Bréfritari: Loftur Jónasson
Dagsetning: A-1874-05-31
Skrifað á: Vesturheimi

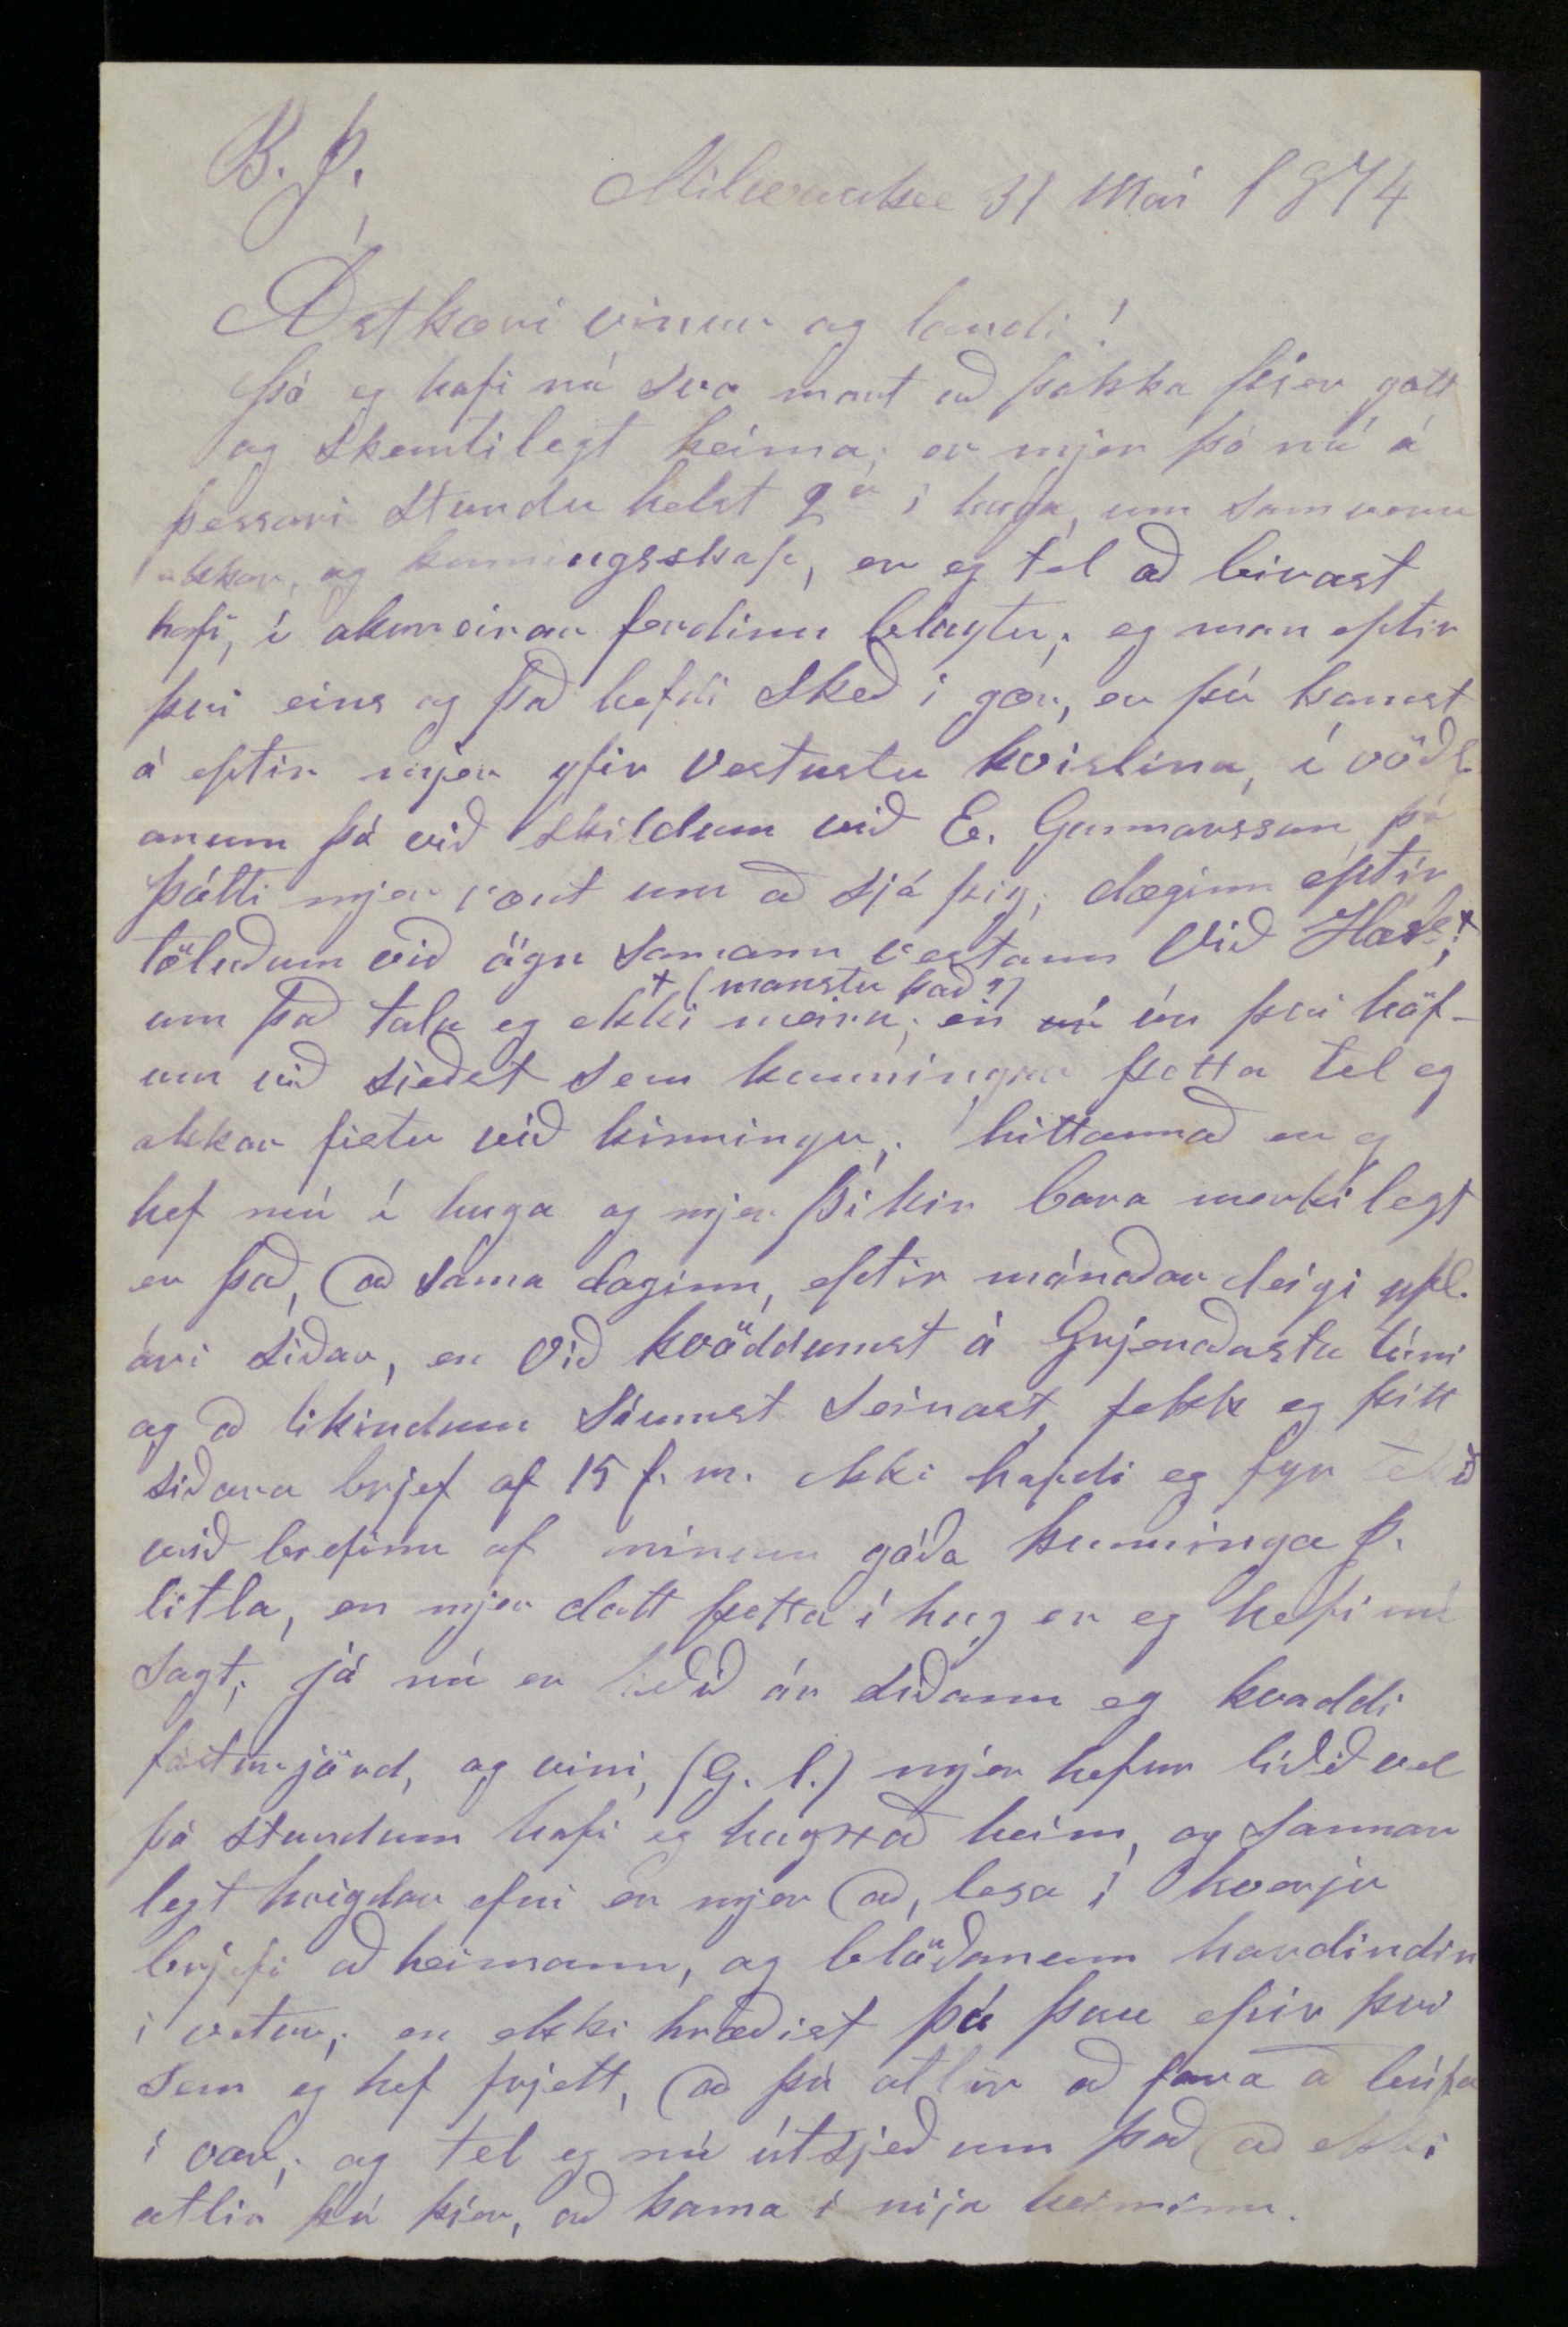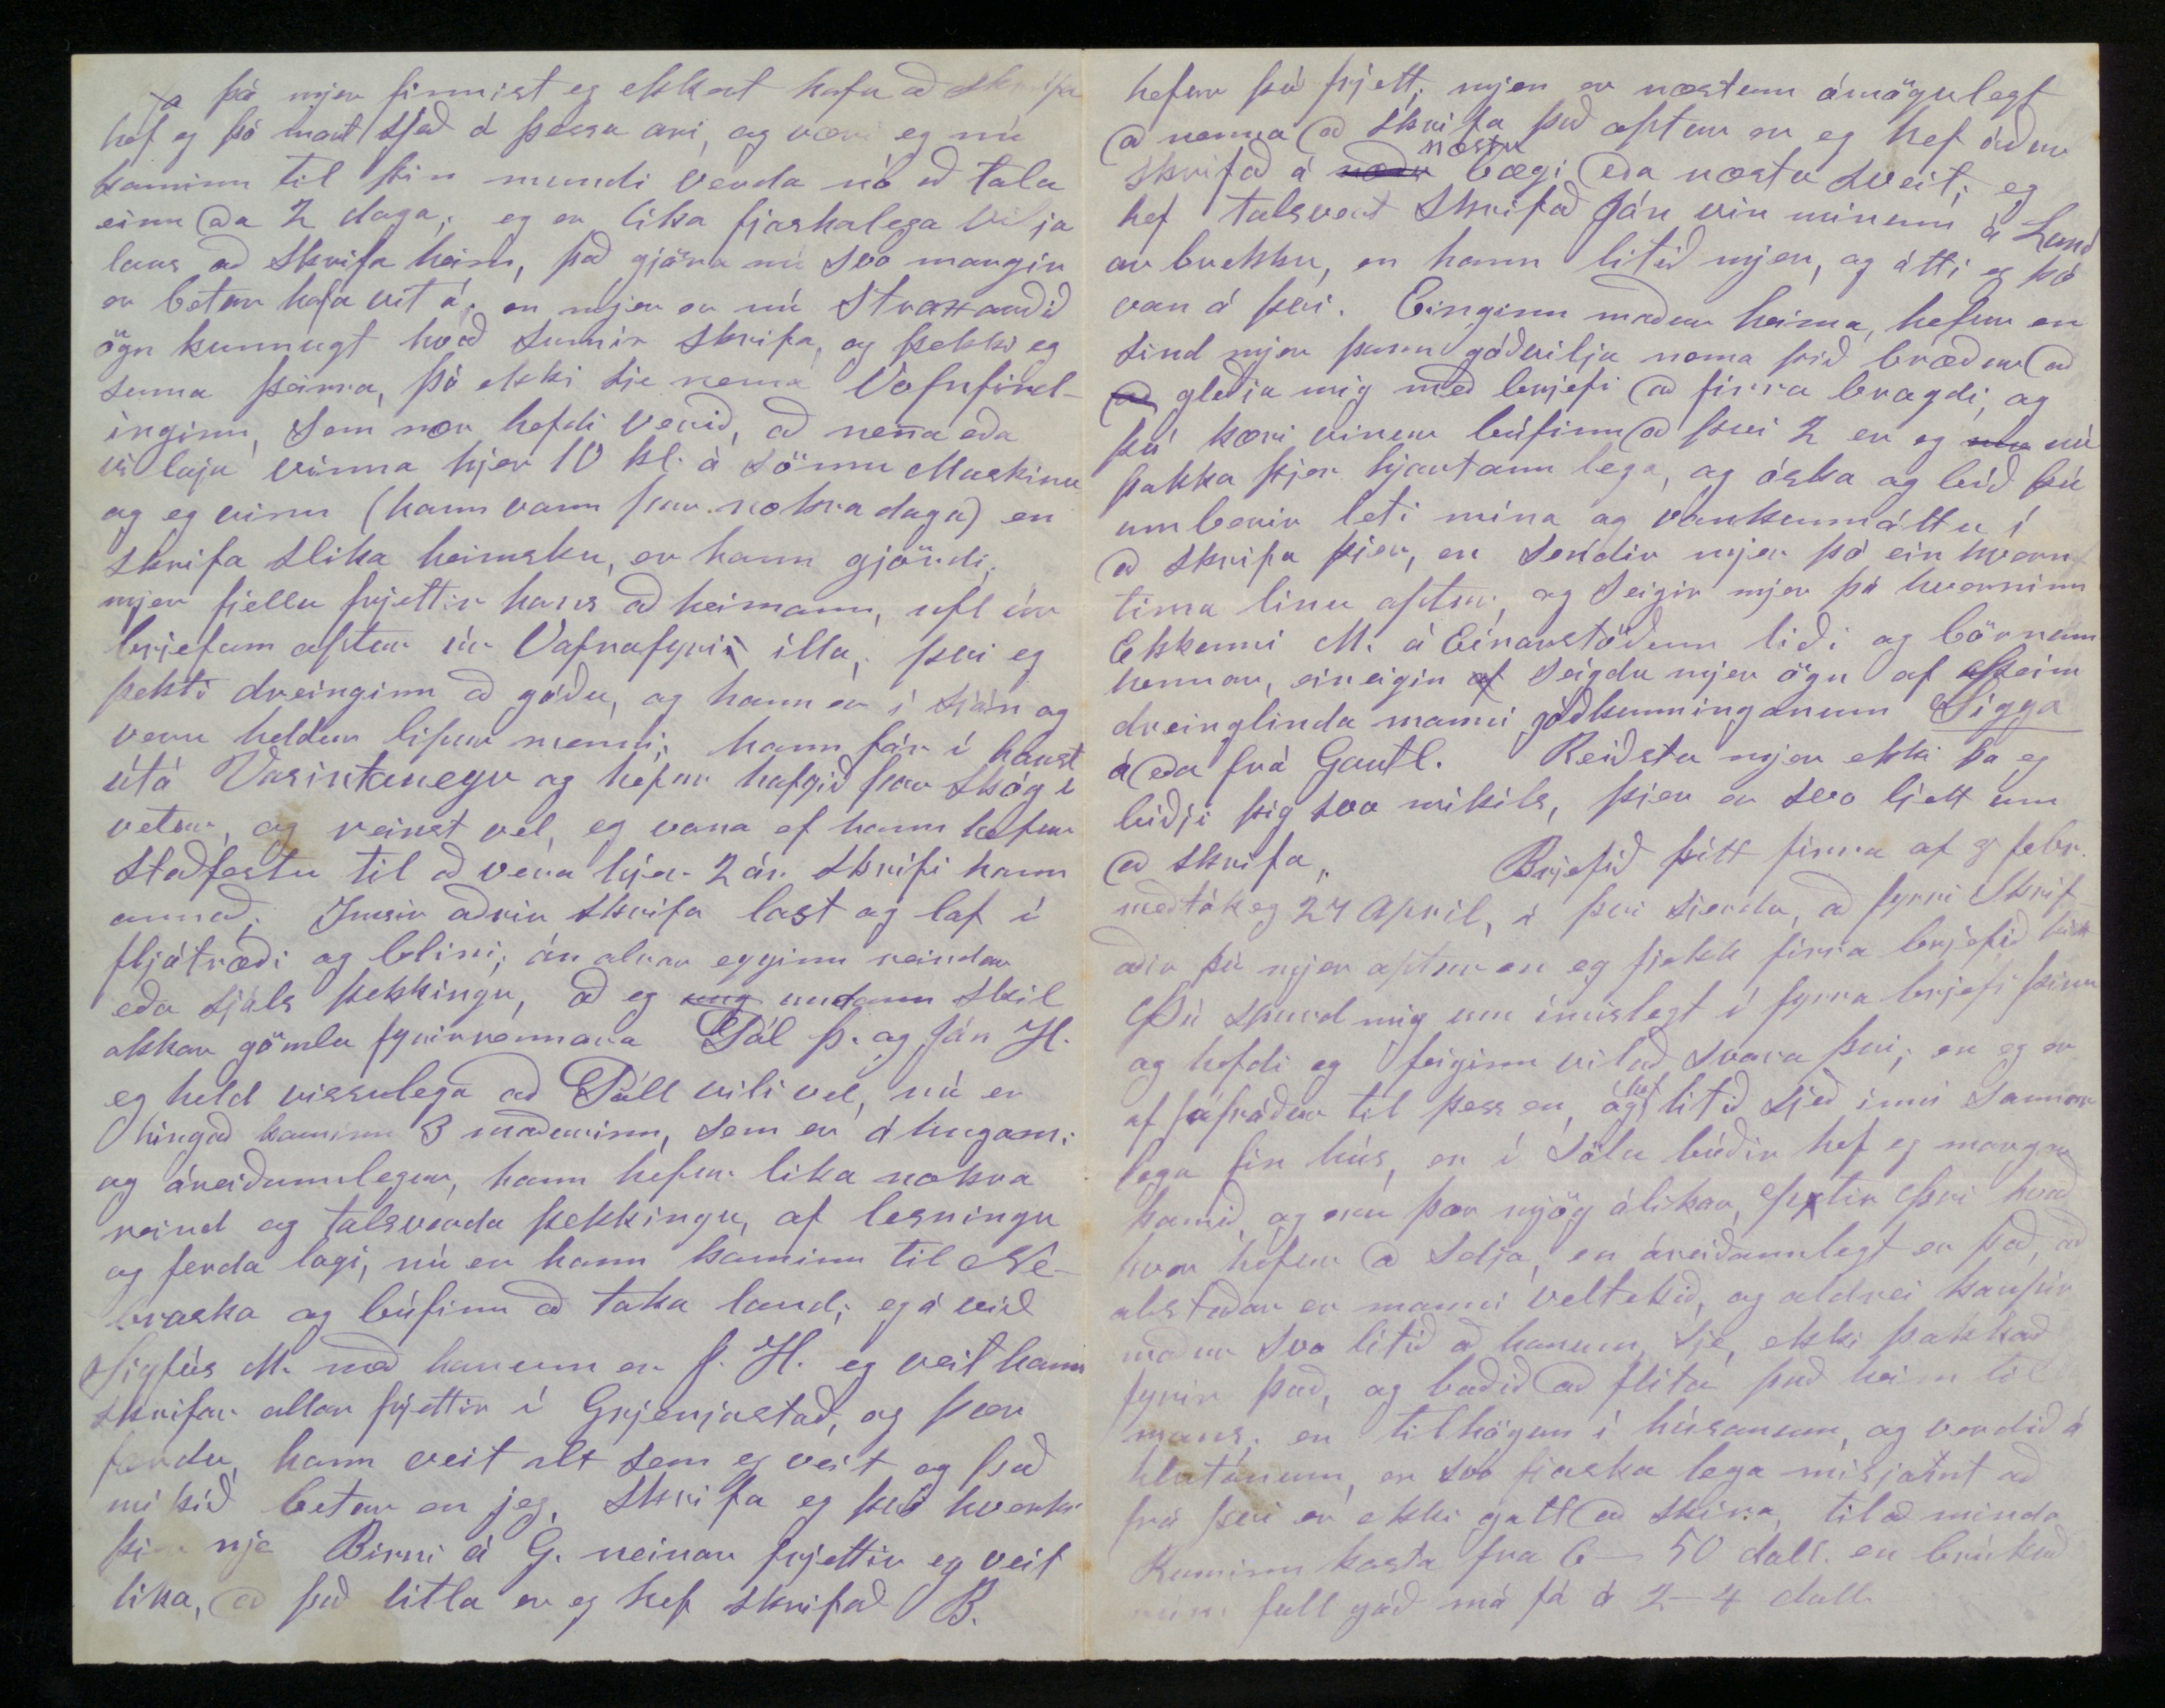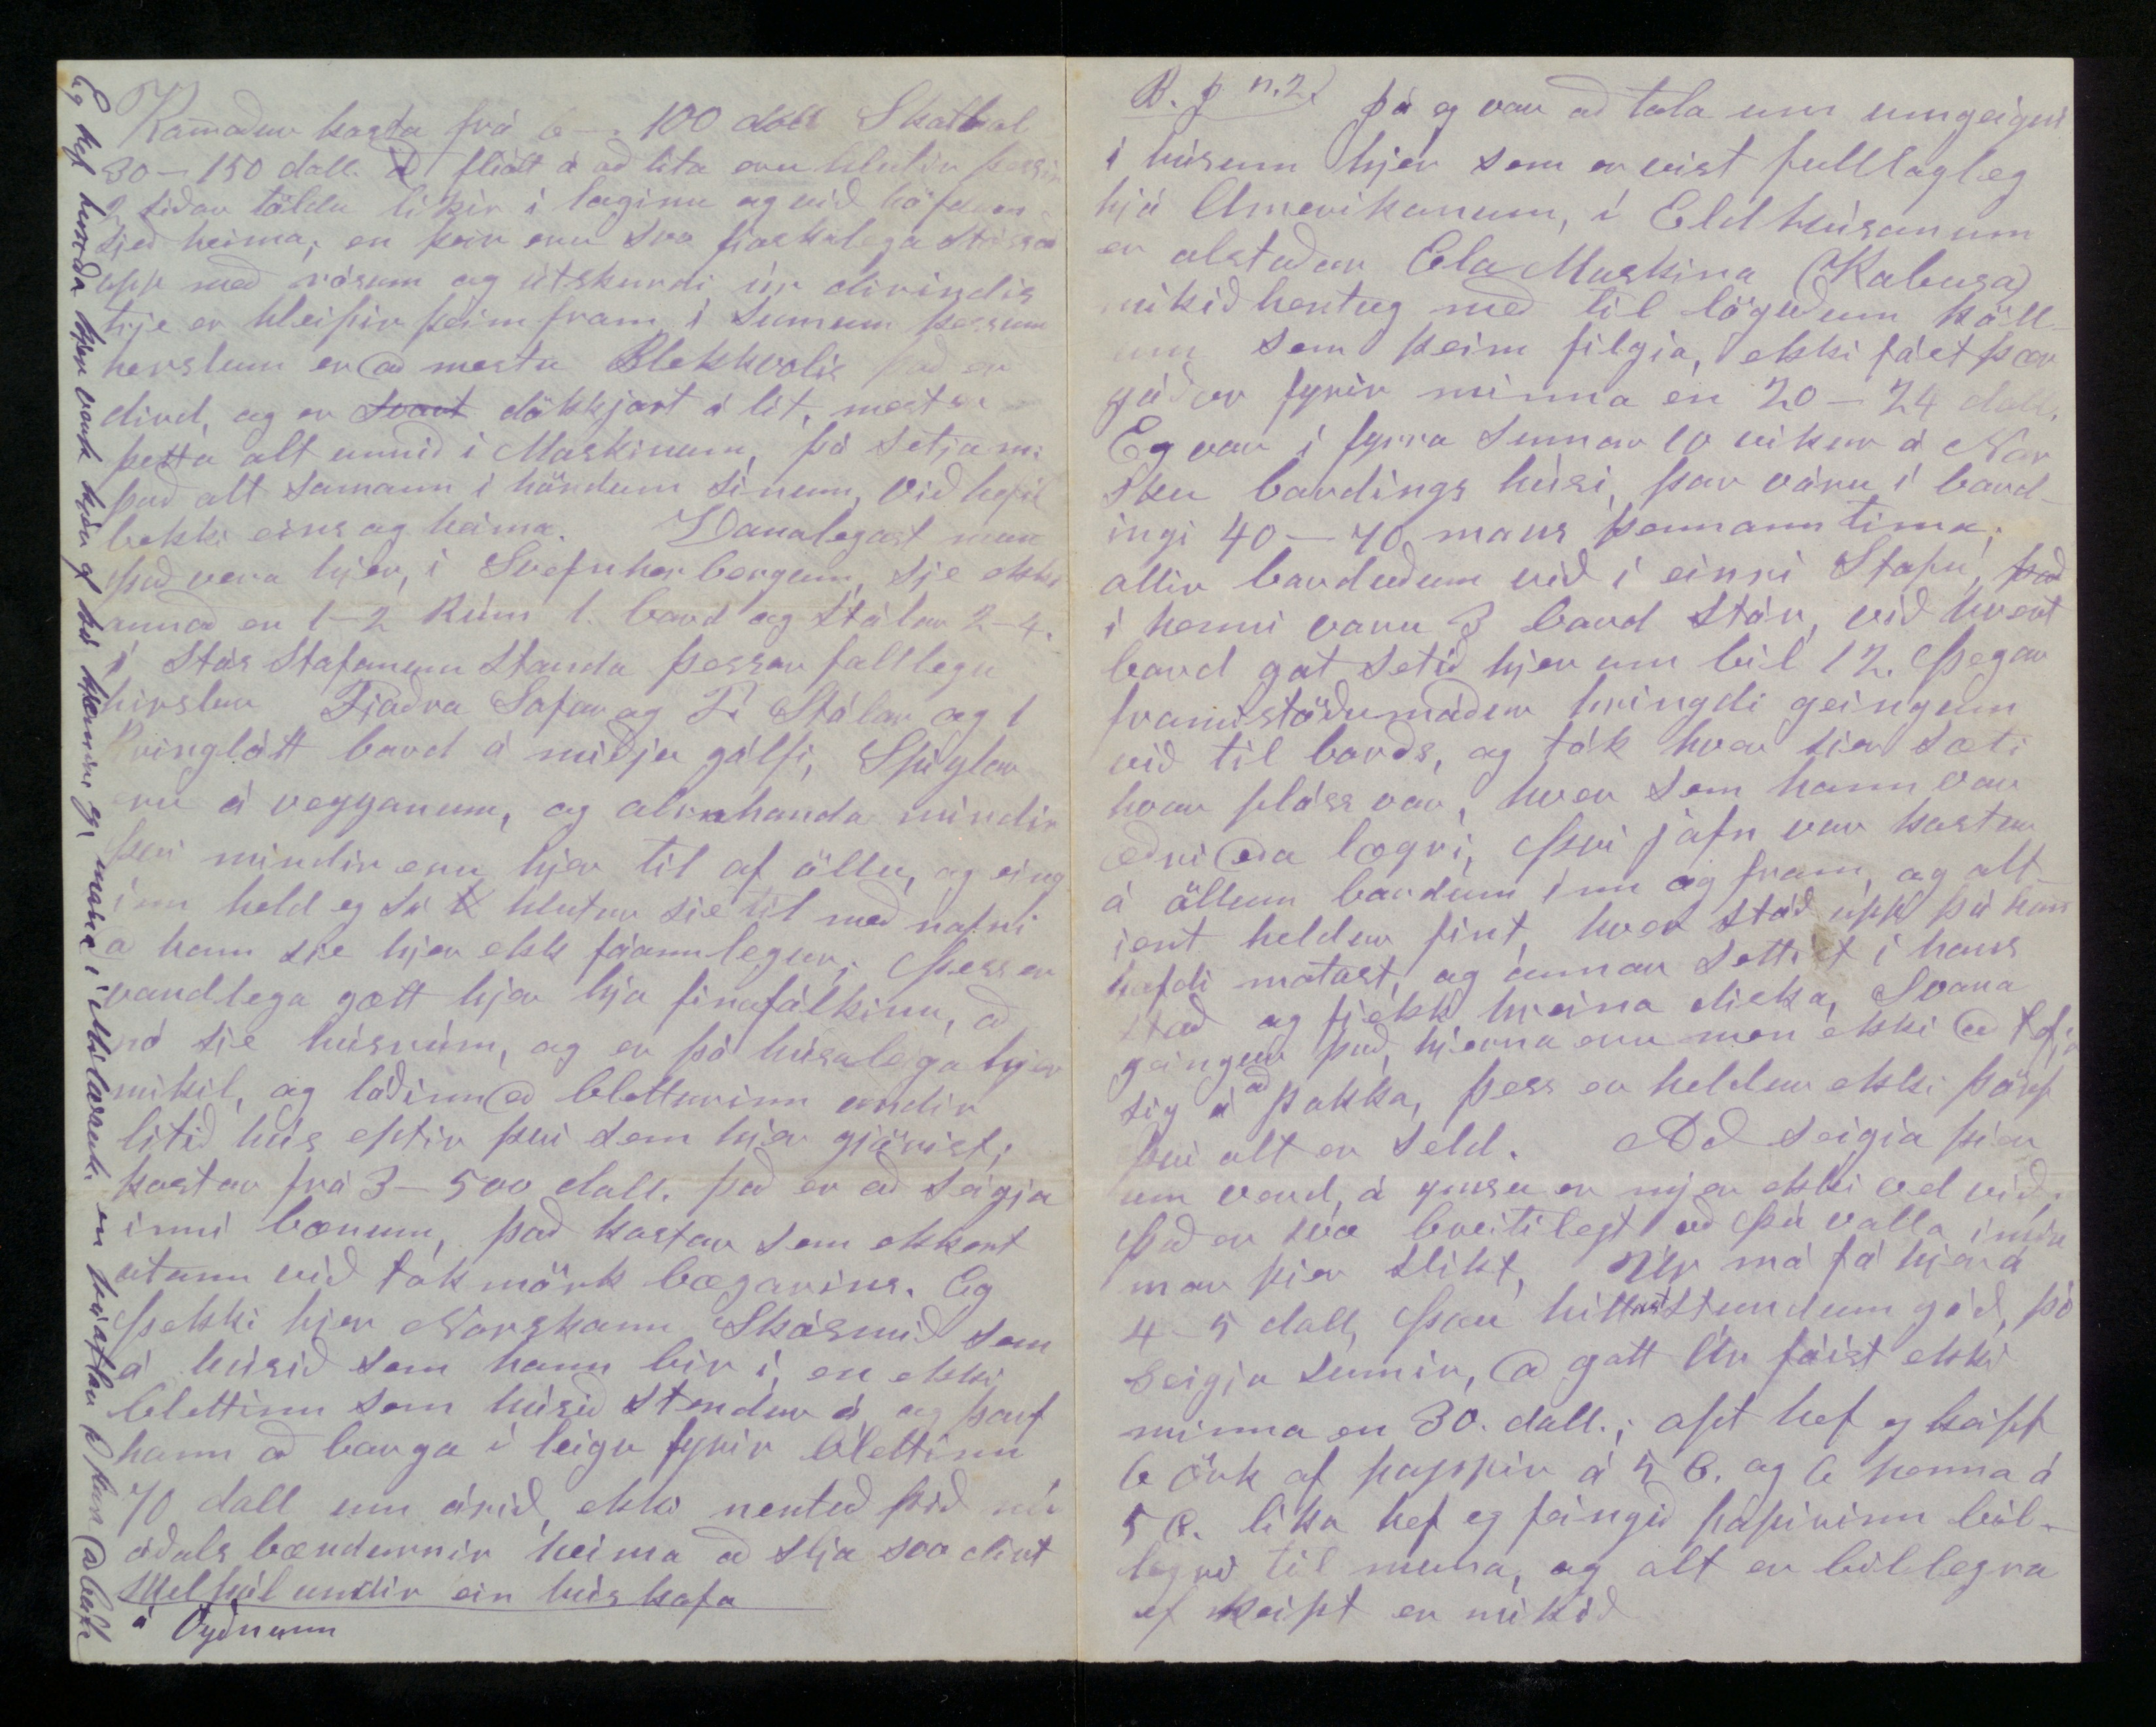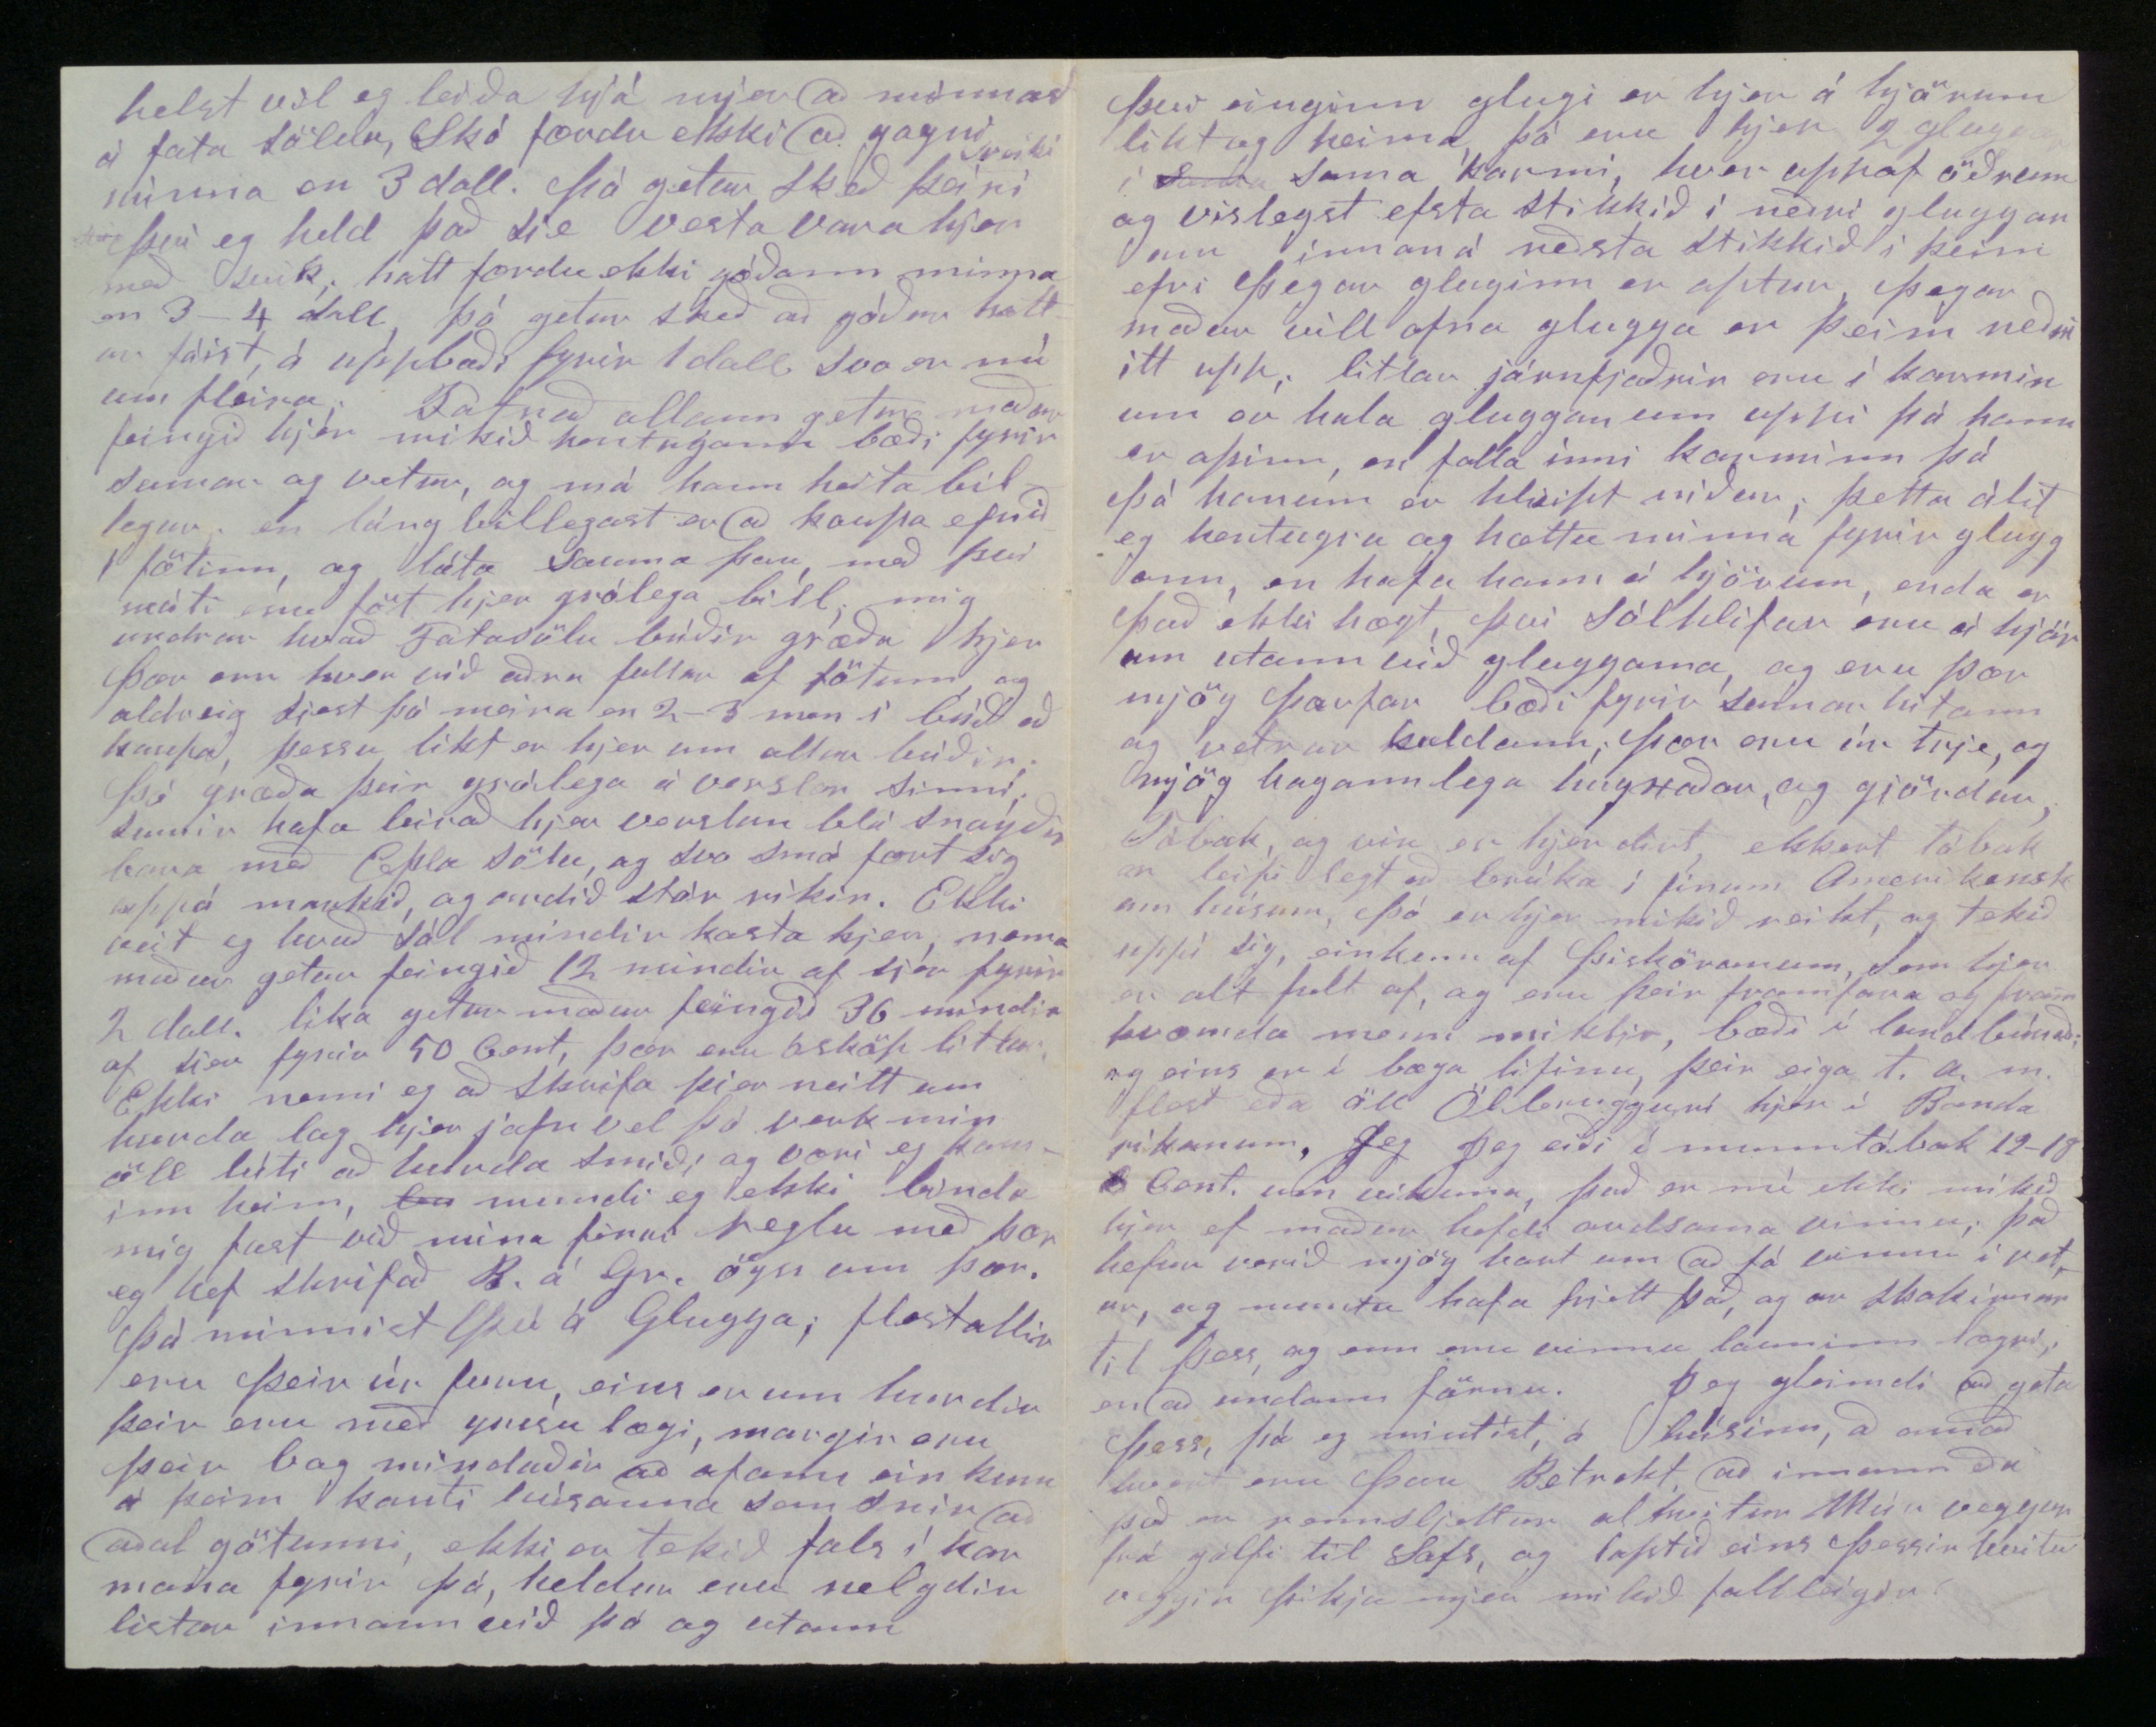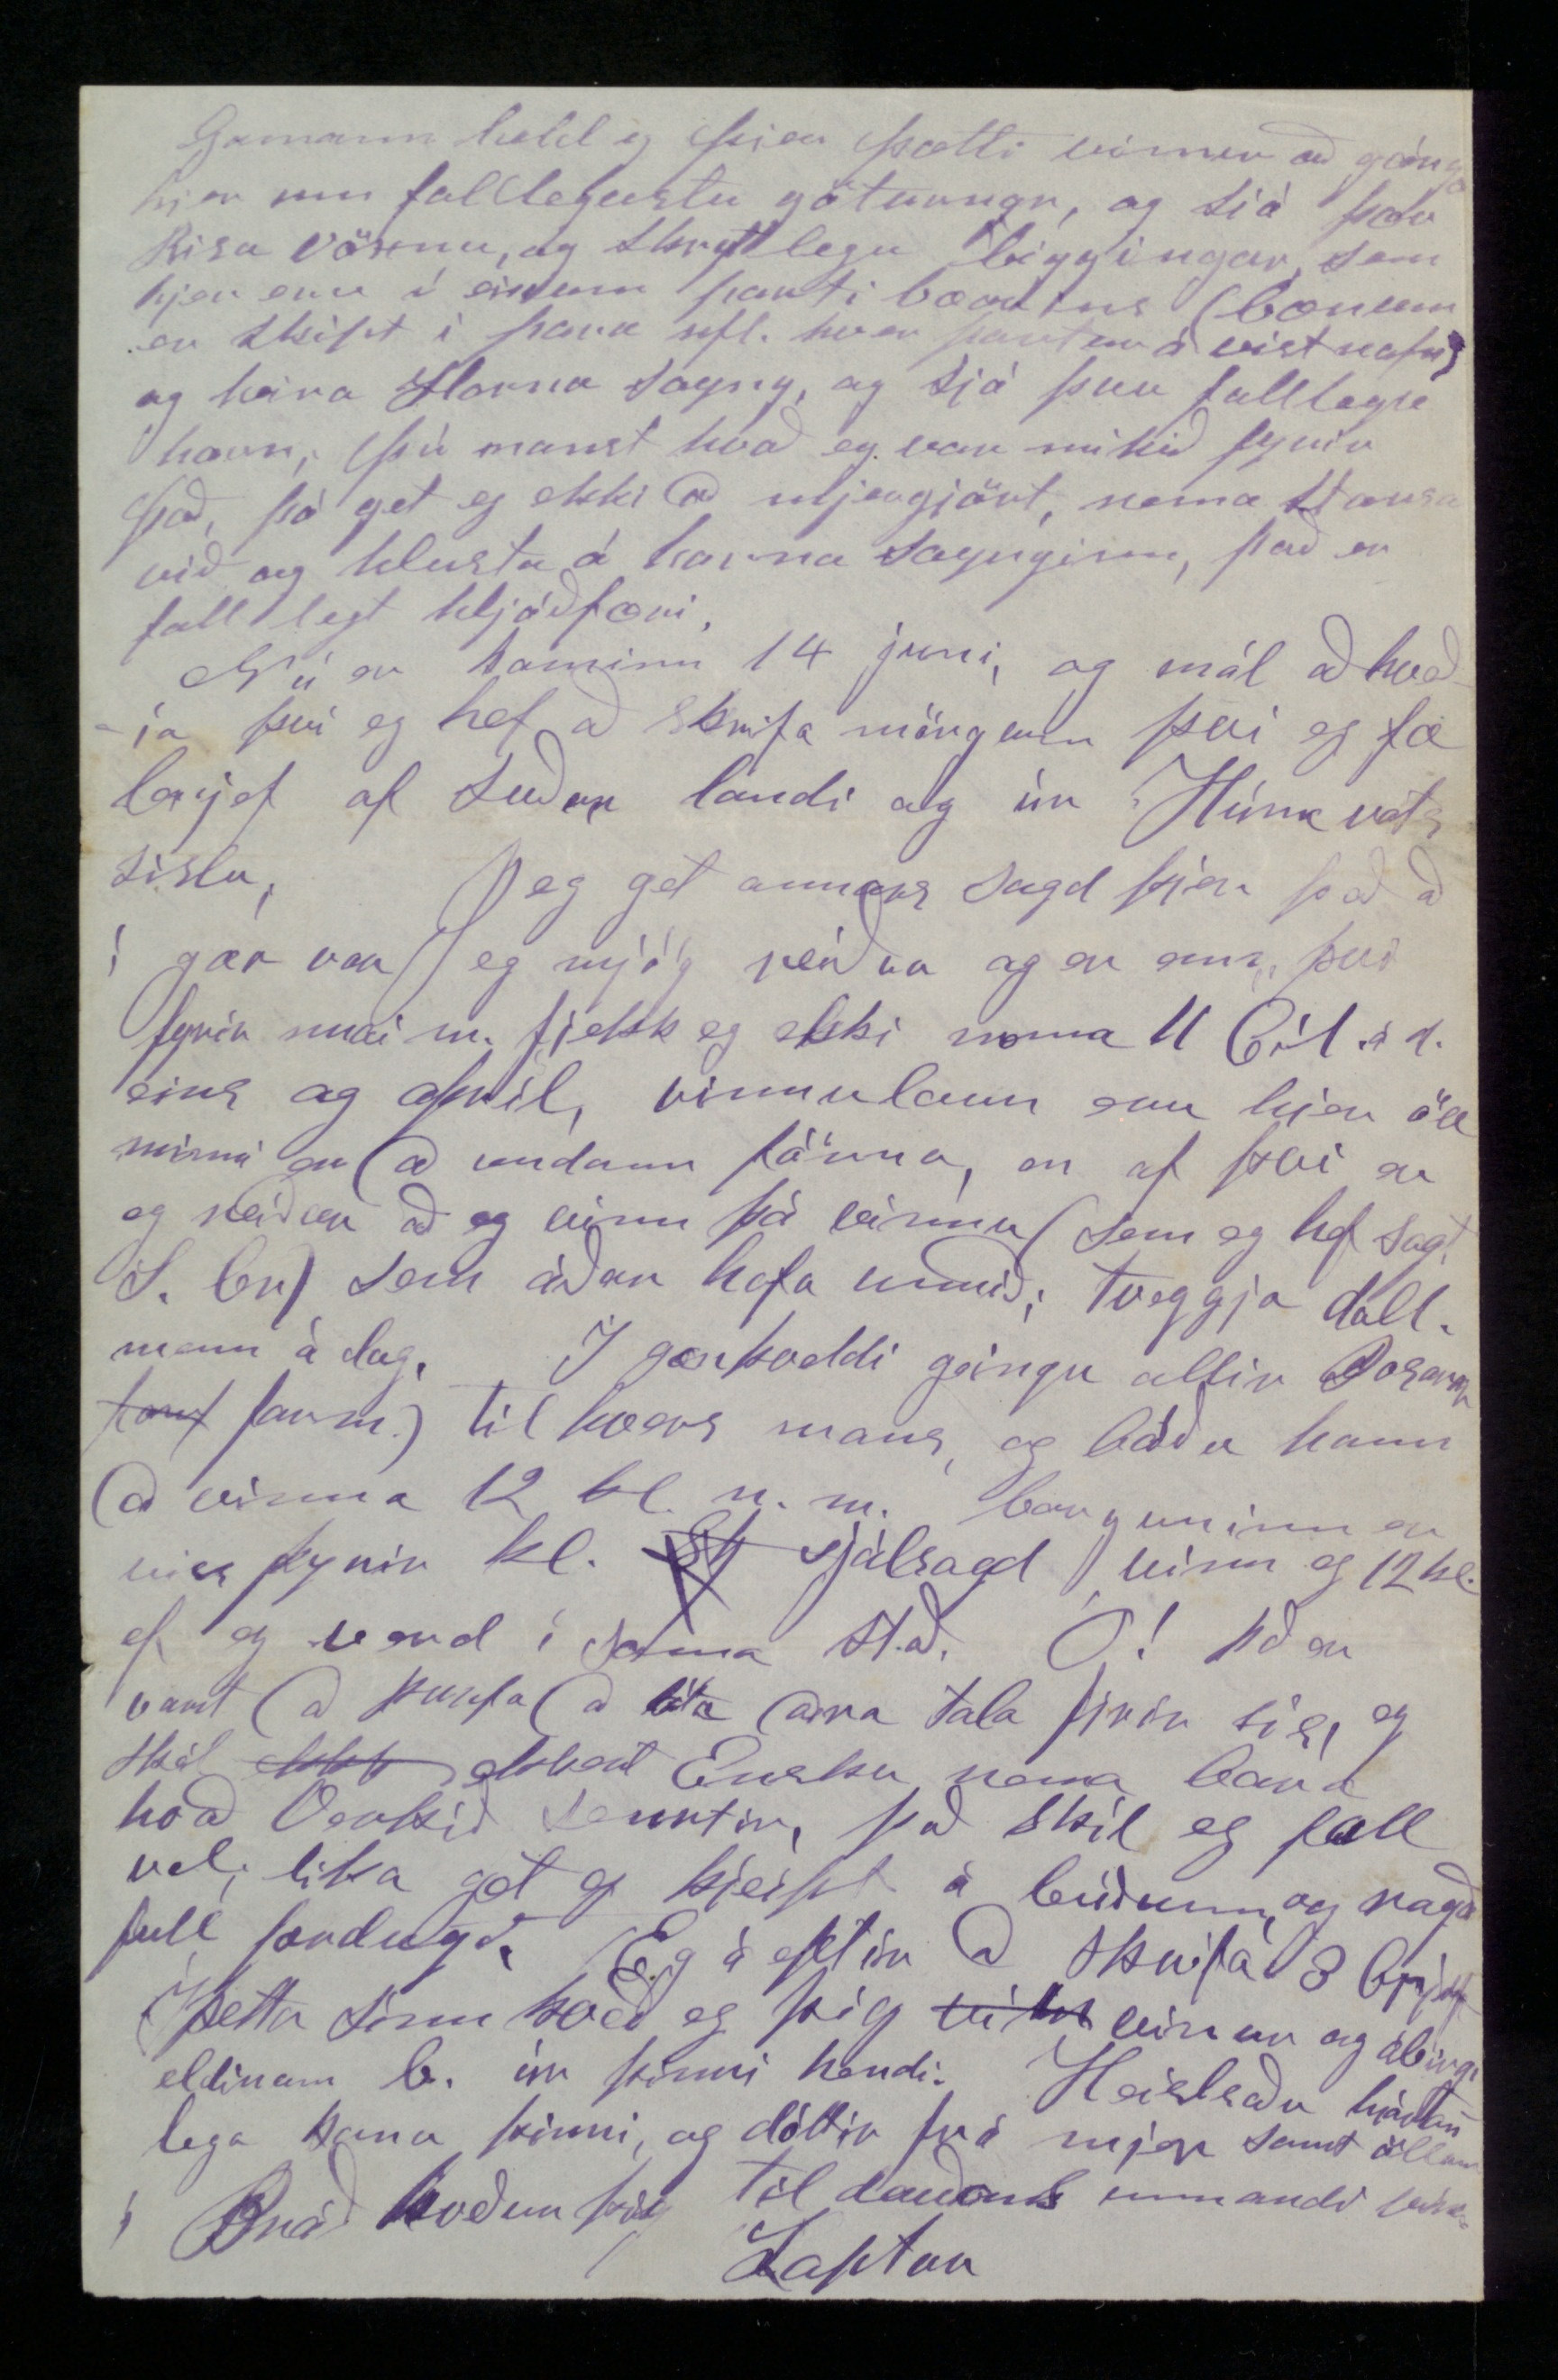

Ástkæri vinur og landi!
Þó eg hafi nú svo mart að þakka þjer gott og skemtilegt heima, er mjer þó nú á þessari stundu helst 2 í huga, um samvinnu okkar, og kunningsskap, er eg tel að birast hafi í akureirar ferdinni blaytu, eg man eptir því eins og það hafdi skeð í gær, er þú komst á eptir mjer yfir vestustu kvíslina í Vöðlonum þá við skildum við E. Gunnarsson þá þótti mjer vænt um að sjá þig, dæginn eptir töluðum við ögn samann vestann við Hálst um það tala eg ekki meira
(manstu það?)
en úr því höfum við sjeðst sem kunningar þetta tel eg okkar fistu við kinningu, hittannað er eg hef nú í huga og mjer þikir bara merkilegt er það, að sama daginn, eptir mánaðar deigi nfl. ári síðar, er við kvöddumst á Grjenaðasta túni og að líkindum sáumst seinast fekk eg þitt síðara brjef af 15 f.m. ekki hafdi eg fyr tekið við brefinu af mínum góða kunninga Þ. litla, er mjer datt þetta í hug er eg hefi nú sagt, já nú er liðið ár síðann eg kvaddi fósturjörd, og vini, (G.l.) mjer hefur liðið vel þó stundum hafi eg huxað heim, og sannarlegt hrigdar efni er mjer að lesa í hverju brjefi að heimann, og blöðunum hardindin í vetur, en ekki hræðist þú þau epir því sem eg hef frjett, að þú ætlir að fara að búfa í vor, og tel eg nú útsjeð um það að ekki ætlir þú þjer að kom í míja heiminn.
Þó mjer finnist eg ekkert hafa að skrifa hef eg þó mart sjeð á þessu ari, og væri eg nú kominn til þin mundi verda nó að tala einn eða 2 daga, eg er líka fjaskalega viljalaus að skrifa heim, það gjöra nú svo margir er betur hafa vit á, en mjer er nú strax orðið ögn kunnugt hvað sumir skrifa, og þekki eg suma þeirra, þó ekki sje nema Vopnfirdinginn, sem nær hefdi verið að nena eða vi laja vinna hjer 10 kl. á sömu Maskínu og eg einn (hann vann þar nokra daga) en skrifa slíka heimsku er hann gjördi, mjer fjellu frjettir hans að heimann, nfl úr brjefum optar úr Vopnafyri illa, því eg þekti dreinginn að góðu, og hann er í sjón og veru heldur
lífur
menni, hann fór í haust útá Vasintoneyu og hefur
hafgið
þar skóg í vetur, og reinst vel, eg vona ef hann hefur staðfestu til að vera hjer 2 ár skrifi hann annað. Imsir aðrir skrifa last og lof í fljótræði og blini, án alrar eyginn reindar eða sjáls þekkingu, að eg undann skil okkar gömlu fyrirnemara Pál Þ. og Jón H. eg held vissulega að Páll vili vel, nú er hingað kominn 3 maðurinn, sem er áhugam. og áreiðannlegur, hann hefur líka nokra reind og talsverda þekkingu, af lesningu og ferda lagi, nú er hann kominn til Nebraska og búfinn að taka land; eg á við Sigfús M. með honum er J. H. eg veit hann skrifar allar frjettir í Grjenjastað, og þær færdu hann veit alt sem eg veit og það mikið betur en jeg. Skrifa eg það hverki þjer nje Birni á G. neinar frjettir eg veit líka, að það litla er eg hef skrifað B.
hefur þú frjett mjer er næstum ómögulegt að nenna að skrifa það aptur er eg hef áður skrifað á
næstu
bægi eða næstu sveit, eg hef talsvert skrifað Jón vin mínum á Lundarbrekku, en hann lítið mjer, og átti eg þó von á því. Einginn maður heima hefur en sínd mjer þann góðvilja nema þið bræður að gleðja mig með brjefi að firra bragdi og þú kæri vinur búfinn að því 2 en eg nú þakka þjer hjartann lega, og óska og bið þú umberir leti mína og vandkunnáttu í að skrifa þjer, en sendir mjer þó einhvern tíma línu aptur, og seigir mjer þá hverninn Ekkuni M. á Einarstöðum líði og börnum hennar, eineigin seigdu mjer ögn af þeim dreinglinda manni góðkunninganum
Sigga
á eða frá Gautl. Reiðstu mjer ekki þa eg biðji þig svo mikils, þjer er svo ljett um að skrifa. Brjefið þitt firra af 8 febr. meðtók eg 24 Apríl, í því sjerdu að fyrri skrifaðir þú mjer aptur en eg fjekk firra brjefið þitt Þú spurd mig um ímislegt í fyrra brjefi þínu og hefdi eg feiginn vilað svara því, en eg er of fáfróður til þess en, og
hef
lítið sjeð inní sannarlega fín hús, en í sölu búðir hef eg margar komið, og eru þær mjög ólíkar, eptir því hvað hver hefur að selja, en áreiðanlegt er það, að alstaðar er manni veltekið, og aldrei kaupir maður svo lítið að honum sje ekki þakkað fyrir það, og boðið að flita það heim til mans, en tilhögun í húsunum, og verdið á hlutunum er svo fjaska lega misjamt að frá því er ekki gott að skíra til að minda Ruminn kosta frá 6-50 doll. en brúkuð rúm full góð má fá á 2-4 doll.
Komoður kosta frá 6-100 doll Skathol 30-150 doll. fljótt á að líta eru hlutir þessir 2 síðar töldu líkir í laginu og við höfdum sjeð heima, en þeir eru svo fjaskalega stássað upp með rósum og útskurði úr dírindis trje er hleipir þeim fram í sumum þessum hirslum er að mestu Blakkvalir það er dírd, og er dökkjart á lit, mest er þetta alt unnið í Maskínum þó setja m: það alt saman í höndum sínum við hefil bekk eins og heima. Vanalegast mun það vera hjer í Svefnherbergum sje ekki annað en 1-2 Rúm 1. bord og stólar 2-4. í stás stofonum standa þessar falllegu hirslur Fjaðra sofar og F. stólar og 1 kringlótt bord á miðju gólfi, Speglar eru á veggonum, og alrahanda mindir því mindir eru hjer til af öllu, og einginn held eg sá hlutur sje til með nafni að hann sje hjer ekki fáannlegur, þess er vandlega gætt hjer hjá fínafólkinu, að nó sje húsrúm, og er þó húsaleiga hjer mikil, og lóðinn að bletturinn undir lítið hús eptir því sem hjer gjörist, kostar frá 3-500 doll. það er að seigja inní bænum, það kostar sem ekkert utann við takmörk bæjarins. Eg þekki hjer Norskann Skósmið sem á húsið sem hann bír í en ekki blettinn sem húsið stendur á og þarf hann að borga í leigu fyrir blettinn 70 doll um árið ekki nentuð þið nú óðalsbændurnir heima að slja svo dírt Melkot undir ein húskofa
Eg hef huxða þjer verk hjer ef þú kæmir og meira í Milwauk. en þú ætlar að fara að búfa á Ayðnum
B.J. n.2.
Þá eg var að tala um umgeingni í húsum hjer sem er víst fulllagleg hjá Ameríkonum, í Eldhúsonum er alstaðar Eld Maskína (Kabusa) mikið hentug með til löguðum köllum sem þeim filgja, ekki fást þær þær góðar fyrir minna en 20-24 doll.
Eg var í fyrra sumar 10 vikur á Norsku bordings húsi, þar voru í bordingi 40-70 mans þennann tíma, allir borduðum við í einni stofu, í henni voru 3 bord stór, við hvert bord gat setið hjer um bil 12. Þegar framistöðumaður hringdi geingum við til borðs og tók hver sjer sæti hvar pláss var, hver sem hann var, æðri eða lægri, því jafn var kostur á öllum bordum inn og fram, og altjent heldur fínt, hver stóð upp þá han hafdi matast og annar settist í hans stað og fjekk hreina diska, svona geingur það, hjerna eru men ekki að tefja sig á
að
þakka, þess er heldur ekki þörf því alt er seld. Að seigja þjer um verd á ymsu er mjer ekki vel við, það er svo breitilegt að þú valla
imidar mun
þjer slíkt, Úr má fá hjer á 4-5 doll. þau hittast stundum góð, þó seigja sumir, að gott úr fáist ekki minna en 30 doll. opt hef eg haft
C
örk af pappír á 5 C. og
c
penna á 5 c. líka hef eg feingið papírinn billegri til muna, og alt er billegra ef keipt er mikið
helzt vil eg leiða hjá mjer að minnast á fata söldu, Skó færdu ekki að gagni minna en 3 doll. þá getur skeð þeir
svíki
því eg held það sje vesta vara hjer með svik, hatt færdu ekki góðann minna en 3-4 doll, þó getur skeð að góður hattur fáist á uppboði fyrir 1 doll. svo er nú um fleira. Fatnað allann getur maður feingið hjer mikið hentugann bæði fyrir sumar og vetur, og má hann heita billegur en láng billegast er að kaupa efnið í fötinn og láta sauma þau, með því móti eru föt hjer grólega bill., mig undrar hvað Fatasölu búðir græða hjer þær eru hver við aðra fullar af fötum og aldreig sjest þó meira en 2-3 men í búð að kaupa, þessu líkt er hjer um allar búðir, þó gærða þeir grólega á verslun sinni, sumir hafa birað hjer verslun blá snauðir bara með Epla sölu og svo smá fært uppá markið og og endað stór ríkir. Ekki veit eg hvað sál mindir kosta hjer nema maður getur feingið 12 mindir af sjer fyrir 2 doll. líka getur maður feingið 36 mindir af sjer fyrir 50 Cent, þær eru ósköp litlar.
Ekki nenni eg að skrifa þjer neitt um hurda lag hjer jafn vel þó verk mín öll lúti að hurda smíði, og væri eg kominn heim mundi eg ekki binda mig fast við mína firri reglu með þær eg hef skrifað B. á Gr. ögn um þær.
Þá minnist þú á Glugga, flestallir eru þeir úr furu, eins er um hurdir þeir eru með ymsu lægi, margir eru þeir bog mindaðir að ofann einkum á þeim kanti húsanna sem snír að aðal götunni, ekki er tekið fals í karmana fyrir þá, heldur eru nelgdir listar innann við þá og utann
því enginn glugi er hjer á hjörum líkt og heima, þá eru hjer 2 glugar í sama karmi, hver uppaf öðrum og víslagst efsta stikkið í neðri glugganum innaná neðsta stikkið í þeim efri þegar gluginn er aptur þegar maður vill opna glugga er þeim neðri ítt upp, litlar járnfjaðrir eru í karminum er hala glugganum uppi þá hann er opinn, een falla inní karminn þá þá honum er hleipt niður, þetta álít eg hentugra og hættu minna fyrir gluggann en hafa hann á hjörum, enda er það ekki hægt því sólhlífar eru á hjörum utann við gluggana, og eru þær mjög þarfar bæði fyrir sumar hitann og vetrar kuldann, þær eru úr trje og mjög hagannlega hugxaðar, og gjördar.
Tóbak og vín er hjer dírt, ekkert Tóbak er leifilegt að brúka í fínum Ameríkonskum húsum, þó er hjer mikið reikt og tekið uppí sig, einkum af þískörunum, sem hjer er alt fult af, og eru þeir framfara og framkvæmda menn miklir, bæði í landbúnaði og eins er í bæja lífinu, þeir eiga t.a.m. flest eða öll Ölbruggerí hjer í Bandaríkunum. Jeg eiði í munntóbak 12-18 Cent um vikuna, það er nú ekki mikið hjer ef maður hefdi ardsama vinnu, það hefur verið mjög art um að fá vinnu í vetur, og muntu hafa frjett það, og or sakirnar til þess, og enn eru vinnu launinn lægri en að undann förnu. Jeg gleimdi að geta þes, þá eg mintist á húsinn, að annað hvert eru þau Betrekt að innann eða það er rennsljettur al hvítur Múr veggur frá gólfi til stafs, og loptið eins þessir hbítu veggir þikja mjer mikið falleigir.
Gaman held eg þjer þætti vinur að gánga hjer um fallegustu götunnar, og sjá þær risavöxnu og
skrytlegu
biggingar sem hjer eru í einum parti bæarins (bænum er skipt í para nfl. hver partur á vist nafn) og heira Horna sayng, og sjá þau falllegu horn, þú manst hvað eg var mikið fyrir það, þá get eg ekki að mjer gjört, nema stansa við og hlusta á horna saynginn, það er falllegt hljóðfæri.
Nú er kominn 14 juní og mál að kveðja því eg hef að skrifa mörgum því eg fæ brjef af Suður landi og úr Húnavats síslu. Jeg get annars sagd þjer það að í gær var jeg mjög reiður og er enn því fyrra maí. m. fjekk eg ekki nema 11 Cent á d. eins og apríl, vinnulaun eru hjer öll minni en að undann förnu, en af því er eg reiður að eg vinn þá vinnu (sem eg hef sagt S. br.) sem áður hafa unnið tveggja doll. menn á dag. Í gærkveldi geingu allir
Bogarar (farm.)
til hvers mans og báðu hann að vinna 12 kl. n. m. borguninn er viss fyrir kl. sjálfsagd vinn eg 12 kl. ef eg verd í sama stað. Ó! það er vont að þurfa að láta aðra tala firir sig, eg skil ekkert Ensku nema bara hvað verkið snertir, það skil eg full vel, líka get eg kjeipt á búðunm , og ragað full ferdugt. Eg á eptir að skrifa 3 brjef. Í þetta sinn kveð eg þig vinur og ábirgi eldinum b. úr þinni hendi. Heislsaðu hjartanlega konu þinni og dóttir frá mjer samt öllum
í Bráð kveður þig til dauðans unnandi vin
Loptur